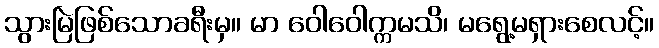
သွားမြဲဖြစ်သောခရီးမှ။ မာ ဝေါဝေါက္ကမသိ၊ မရွေ့မရှားစေလင့်။